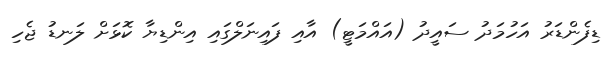
ޑިފެންޑަރު އަހުމަދު ސައީދު (އައްމަޓީ) އާއި ފައިނަލްގައި އިންޑިޔާ ކޮޅަށް ލަނޑު ޖެހި